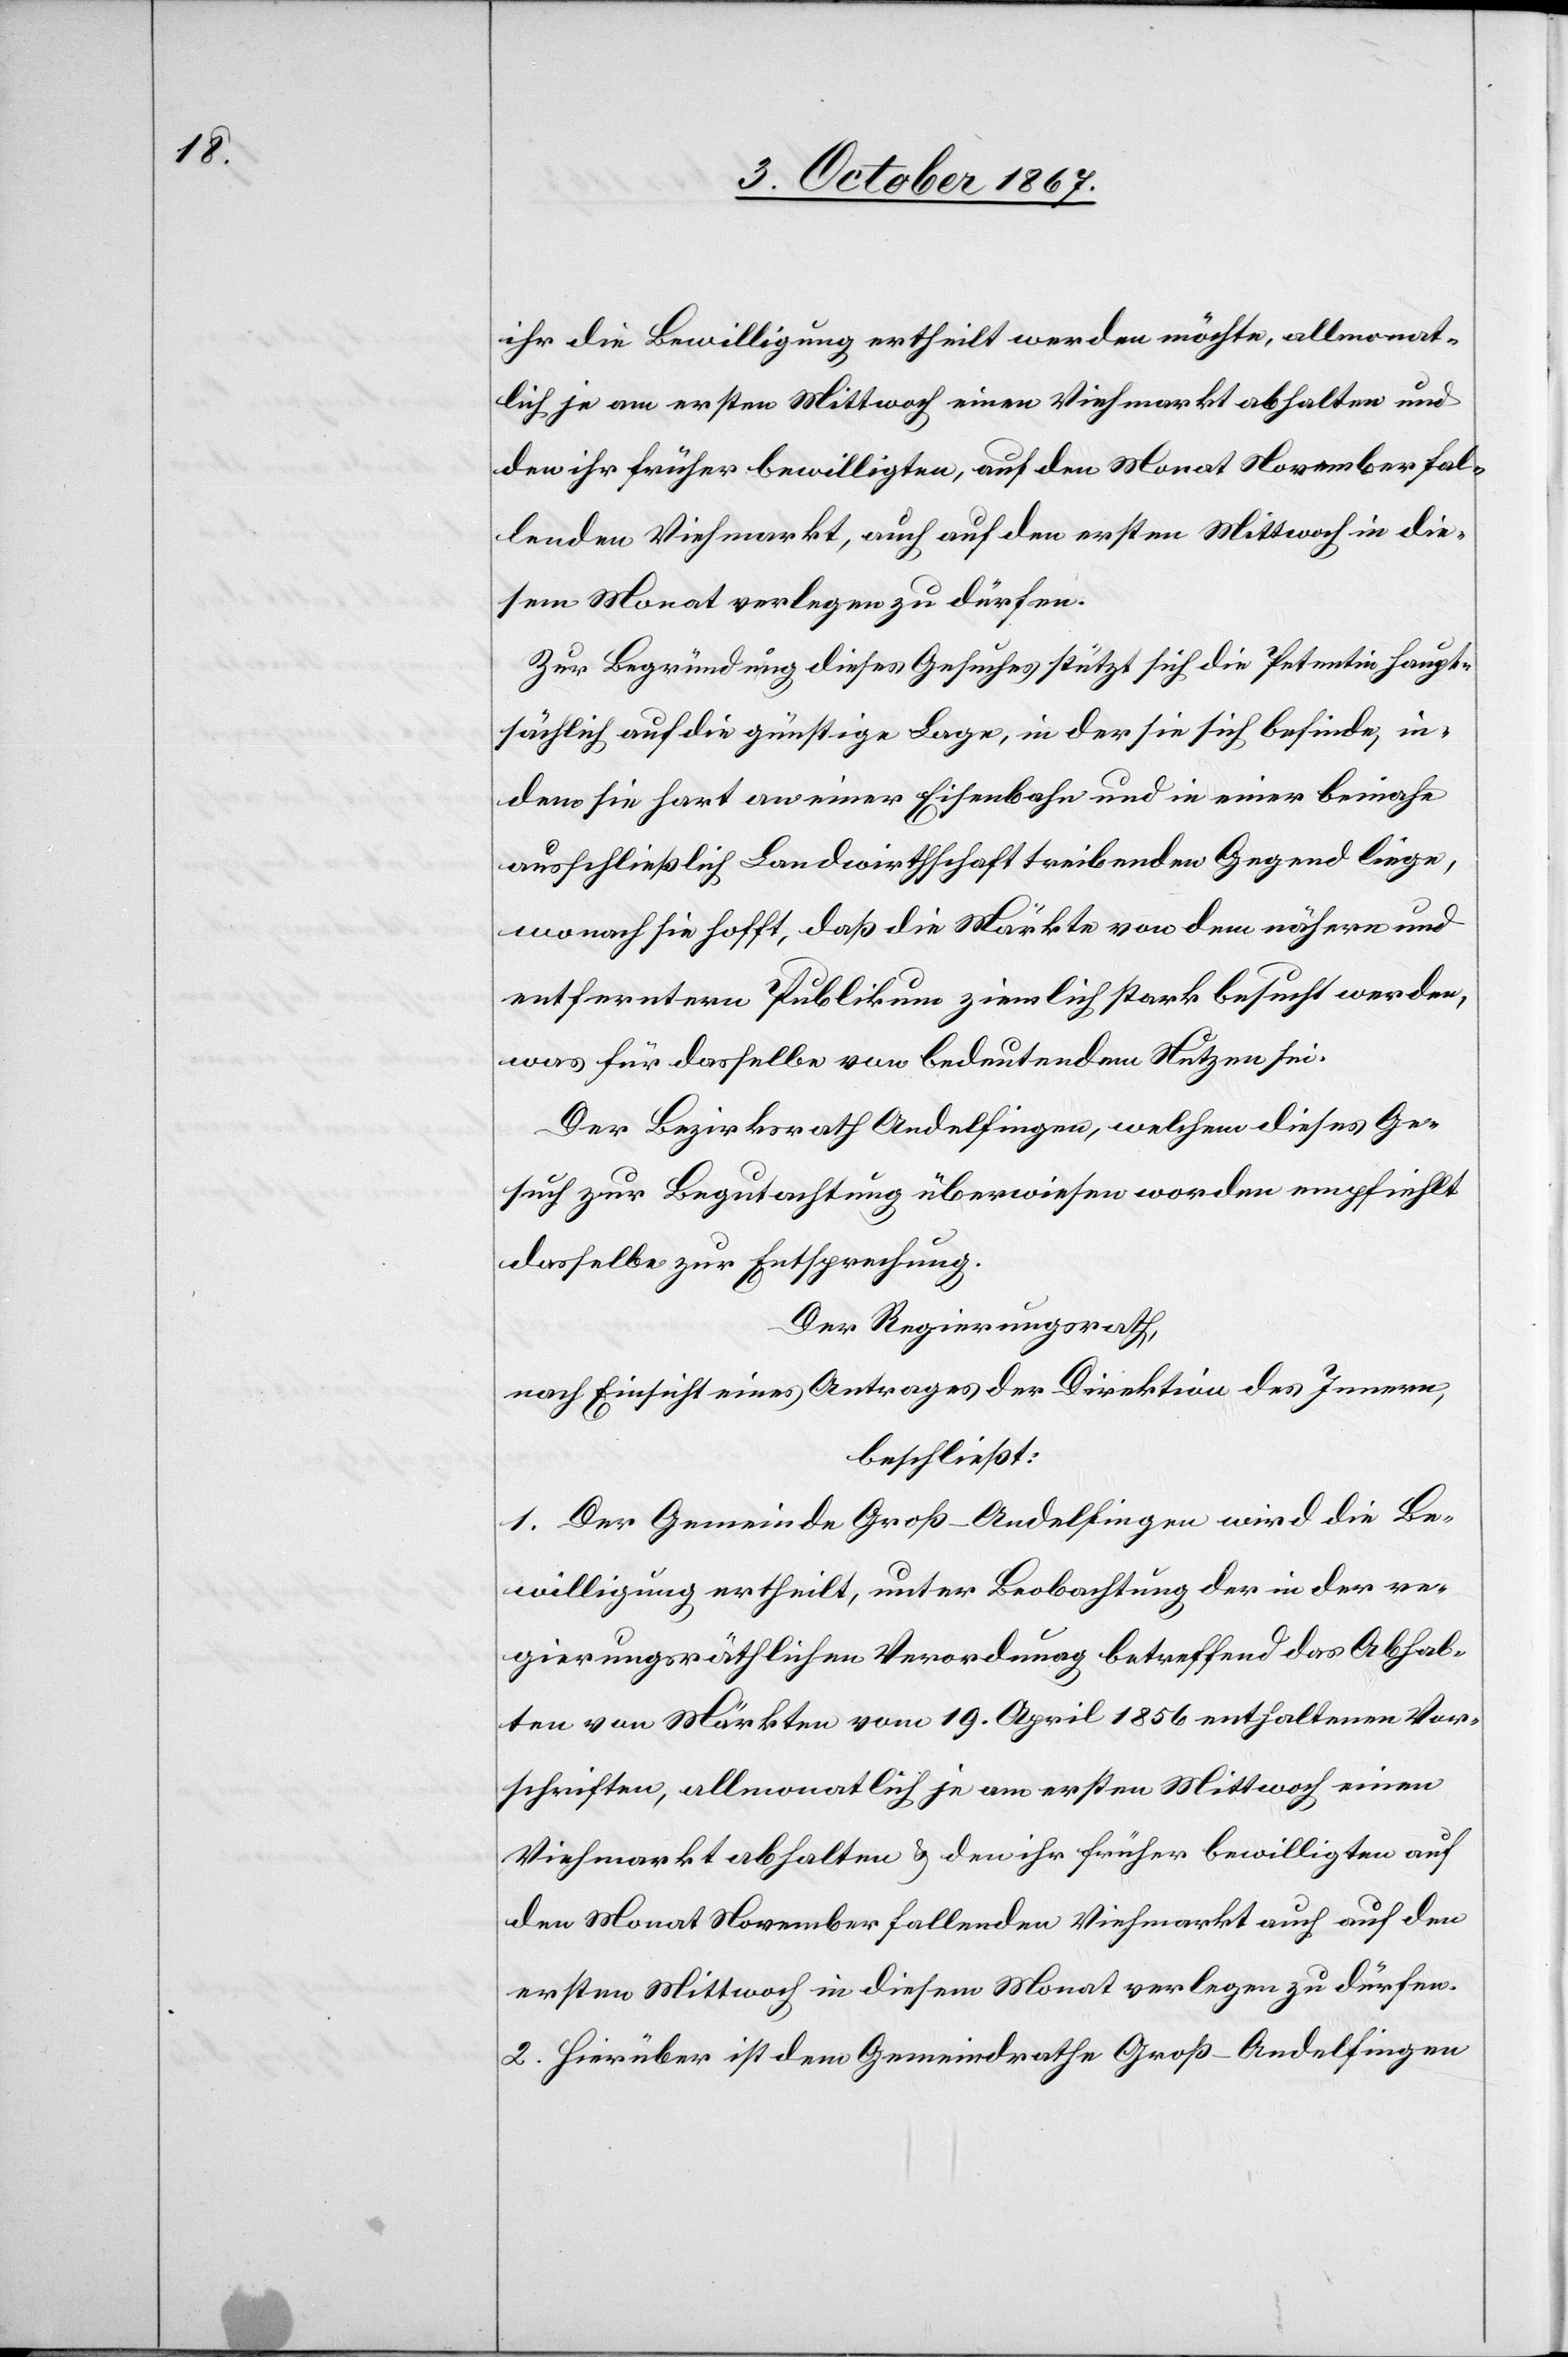
ihr die Bewilligung ertheilt werden möchte, allmonat¬
lich, je am ersten Mittwoch einen Viehmarkt abhalten und
den ihr früher bewilligten, auf den Monat November fal¬
lende Viehmarkt, auch auf den ersten Mittwoch in die¬
sem Monat verlegen zu dürfen.
Zur Begründung dieses Gesuches stützt sich die Petentin haupt¬
sächlich auf die günstige Lage, in der sie sich befinde, in¬
dem sie hart an einer Eisenbahn und in einer beinahe
ausschließlich Landwirthschaft treibenden Gegend liege,
wonach sie hofft, daß die Märkte von dem nähern und
entferntern Publikum ziemlich stark besucht werden,
was für dasselbe von bedeutendem Nutzen sei.
Der Bezirksrath Andelfingen, welchem dieses Ge¬
such zur Begutachtung überwiesen worden, empfiehlt
dasselbe zur Entsprechung.
Der Regierungsrath,
nach Einsicht eines Antrages der Direktion des Innern,
beschließt:
1. Der Gemeinde Groß-Andelfingen wird die Be¬
willigung ertheilt, unter Beobachtung der in der re¬
gierungsräthlichen Verordnung betreffend das Abhal¬
ten von Märkten vom 19. April 1856 enthaltenen Vor¬
schriften, allmonatlich je am ersten Mittwoch einen
Viehmarkt abhalten u. den ihr früher bewilligten auf
den Monat November fallenden Viehmarkt auch auf den
ersten Mittwoch in diesem Monat verlegen zu dürfen.
2. Hierüber ist dem Gemeindrathe Groß-Andelfingen